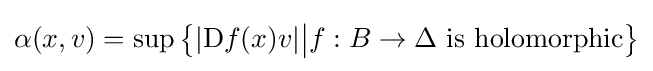
\alpha (x,v)=\sup {\big \{}|\mathrm {D} f(x)v|{\big |}f:B\to \Delta {\mbox{ is holomorphic}}{\big \}}